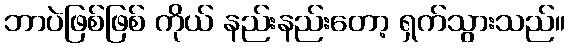
ဘာပဲဖြစ်ဖြစ် ကိုယ် နည်းနည်းတော့ ရှက်သွားသည်။